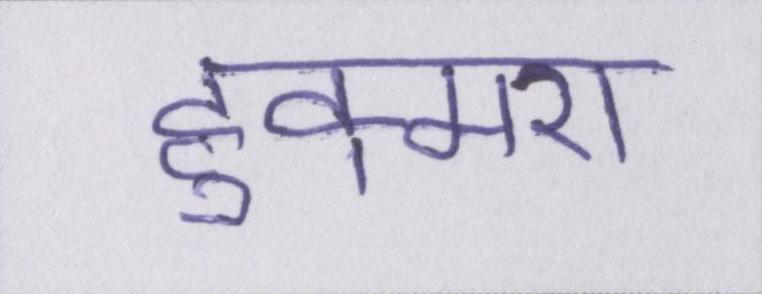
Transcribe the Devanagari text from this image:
हुक्मरां